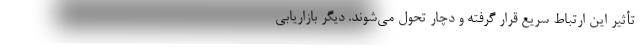
تأثیر این ارتباط سریع قرار گرفته و دچار تحول می‌شوند. دیگر بازاریابی